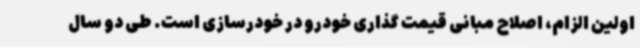
اولین الزام، اصلاح مبانی قیمت گذاری خودرو در خودرسازی است. طی دو سال